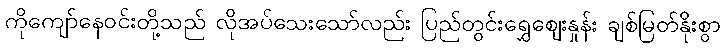
ကိုကျော်နေဝင်းတို့သည် လိုအပ်သေးသော်လည်း ပြည်တွင်းရွှေဈေးနှုန်း ချစ်မြတ်နိုးစွာ